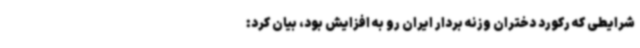
شرایطی که رکورد دختران وزنه بردار ایران رو به افزایش بود، بیان کرد: